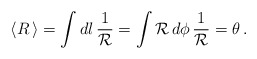
\begin{align*}\langle R \, \rangle = \int d {l} \, \frac{1}{\cal R}= \int {\cal R} \, d\phi \, \frac{1}{\cal R} = \theta \, .\end{align*}